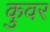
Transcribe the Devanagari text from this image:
कुवर